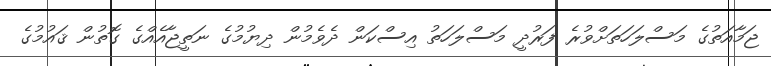
ޖަމާއަތުގެ މަސްލަހަތަށްވުރެ ފަރުދީ މަސްލަހަތު އިސްކަން ދެވެމުން ދިޔުމުގެ ނަތީޖާއެއްގެ ގޮތުން ޤައުމުގެ